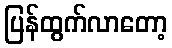
ပြန်ထွက်လာတော့